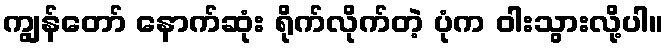
ကျွန်တော် နောက်ဆုံး ရိုက်လိုက်တဲ့ ပုံက ဝါးသွားလို့ပါ။